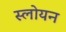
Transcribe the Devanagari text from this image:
स्लोयन